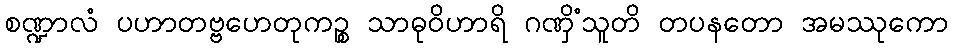
စဏ္ဍာလံ ပဟာတဗ္ဗဟေတုကဉ္စ သာဓုဝိဟာရိ ဂဏှိံသူတိ တပနတော အမဿုကော